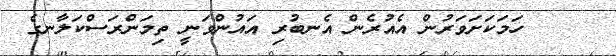
٢٥    ހަމަކަށަވަރުން އެއުރެން އެނބުރި އައުންވަނީ ތިމަންރަސްކަލާނގެ